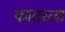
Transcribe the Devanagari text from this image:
कादरला